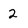
Character: 2